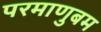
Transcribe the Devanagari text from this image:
परमाणुबम